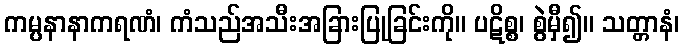
ကမ္ပနာနာကရဏံ၊ ကံသည်အသီးအခြားပြုခြင်းကို။ ပဋိစ္စ၊ စွဲမှီ၍။ သတ္တာနံ၊